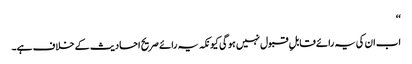
‘‘
اب ان کی یہ رائے قابلِ قبول نہیں ہو گی کیونکہ یہ رائے صریح احادیث کے خلاف ہے۔